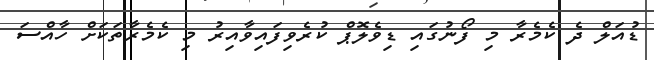
ޑުއަލް ދެ ކެމެރާ މި ފޯނުގައި ޑިވެލޮޕް ކުރެވިފައިވާއިރު މި ކެމެރާތަކަށް ހާއްސަ